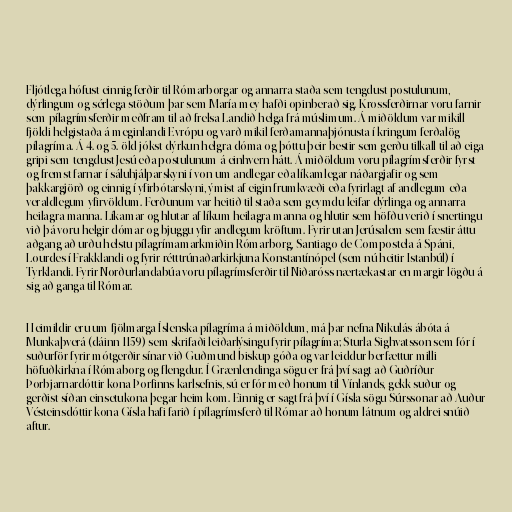
Fljótlega hófust einnig ferðir til Rómarborgar og annarra staða sem tengdust postulunum,
dýrlingum og sérlega stöðum þar sem María mey hafði opinberað sig. Krossferðirnar voru farnir
sem pílagrímsferðir meðfram til að frelsa Landið helga frá múslimum. Á miðöldum var mikill
fjöldi helgistaða á meginlandi Evrópu og varð mikil ferðamannaþjónusta í kringum ferðalög
pílagríma. Á 4. og 5. öld jókst dýrkun helgra dóma og þóttu þeir bestir sem gerðu tilkall til að eiga
gripi sem tengdust Jesú eða postulunum á einhvern hátt. Á miðöldum voru pílagrímsferðir fyrst
og fremst farnar í sáluhjálparskyni í von um andlegar eða líkamlegar náðargjafir og sem
þakkargjörð og einnig í yfirbótarskyni, ýmist af eigin frumkvæði eða fyrirlagt af andlegum eða
veraldlegum yfirvöldum. Ferðunum var heitið til staða sem geymdu leifar dýrlinga og annarra
heilagra manna. Líkamar og hlutar af líkum heilagra manna og hlutir sem höfðu verið í snertingu
við þá voru helgir dómar og bjuggu yfir andlegum kröftum. Fyrir utan Jerúsalem sem fæstir áttu
aðgang að urðu helstu pílagrímamarkmiðin Rómarborg, Santiago de Compostela á Spáni,
Lourdes í Frakklandi og fyrir rétttrúnaðarkirkjuna Konstantínópel (sem nú heitir Istanbúl) í
Tyrklandi. Fyrir Norðurlandabúa voru pílagrímsferðir til Niðaróss nærtækastar en margir lögðu á
sig að ganga til Rómar.

Heimildir eru um fjölmarga Íslenska pílagríma á miðöldum, má þar nefna Nikulás ábóta á
Munkaþverá (dáinn 1159) sem skrifaði leiðarlýsingu fyrir pílagríma; Sturla Sighvatsson sem fór í
suðurför fyrir mótgerðir sínar við Guðmund biskup góða og var leiddur berfættur milli
höfuðkirkna í Rómaborg og flengdur. Í Grænlendinga sögu er frá því sagt að Guðríður
Þorbjarnardóttir kona Þorfinns karlsefnis, sú er fór með honum til Vínlands, gekk suður og
gerðist síðan einsetukona þegar heim kom. Einnig er sagt frá því í Gísla sögu Súrssonar að Auður
Vésteinsdóttir kona Gísla hafi farið í pílagrímsferð til Rómar að honum látnum og aldrei snúið
aftur.